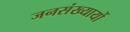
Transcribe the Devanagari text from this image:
जनसंख्यायों